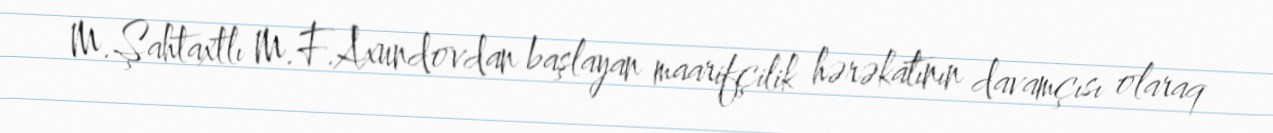
M.Şahtaxtlı M.F.Axundovdan başlayan maarifçilik hərəkatının davamçısı olaraq